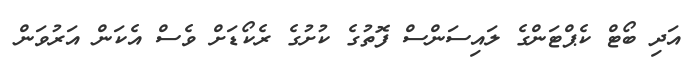
އަދި ބޯޓް ކެޕްޓަންގެ ލައިސަންސް ފޮތުގެ ކުށުގެ ރެކޯޑަށް ވެސް އެކަން އަރުވަން